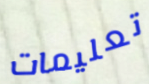
تعليمات